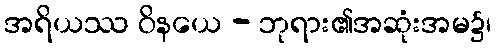
အရိယဿ ဝိနယေ - ဘုရား၏အဆုံးအမ၌၊